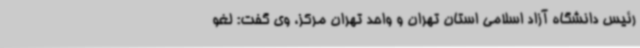
رئیس دانشگاه آزاد اسلامی استان تهران و واحد تهران مرکز، وی گفت: لغو